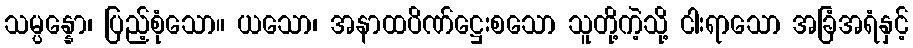
သမ္ပန္နော၊ ပြည့်စုံသော။ ယသော၊ အနာထပိဏ်ဋ္ဌေးစသော သူတို့ကဲ့သို့ ငါးရာသော အခြံအရံနှင့်